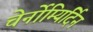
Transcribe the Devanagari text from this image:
चेर्नोम्यिर्दिन